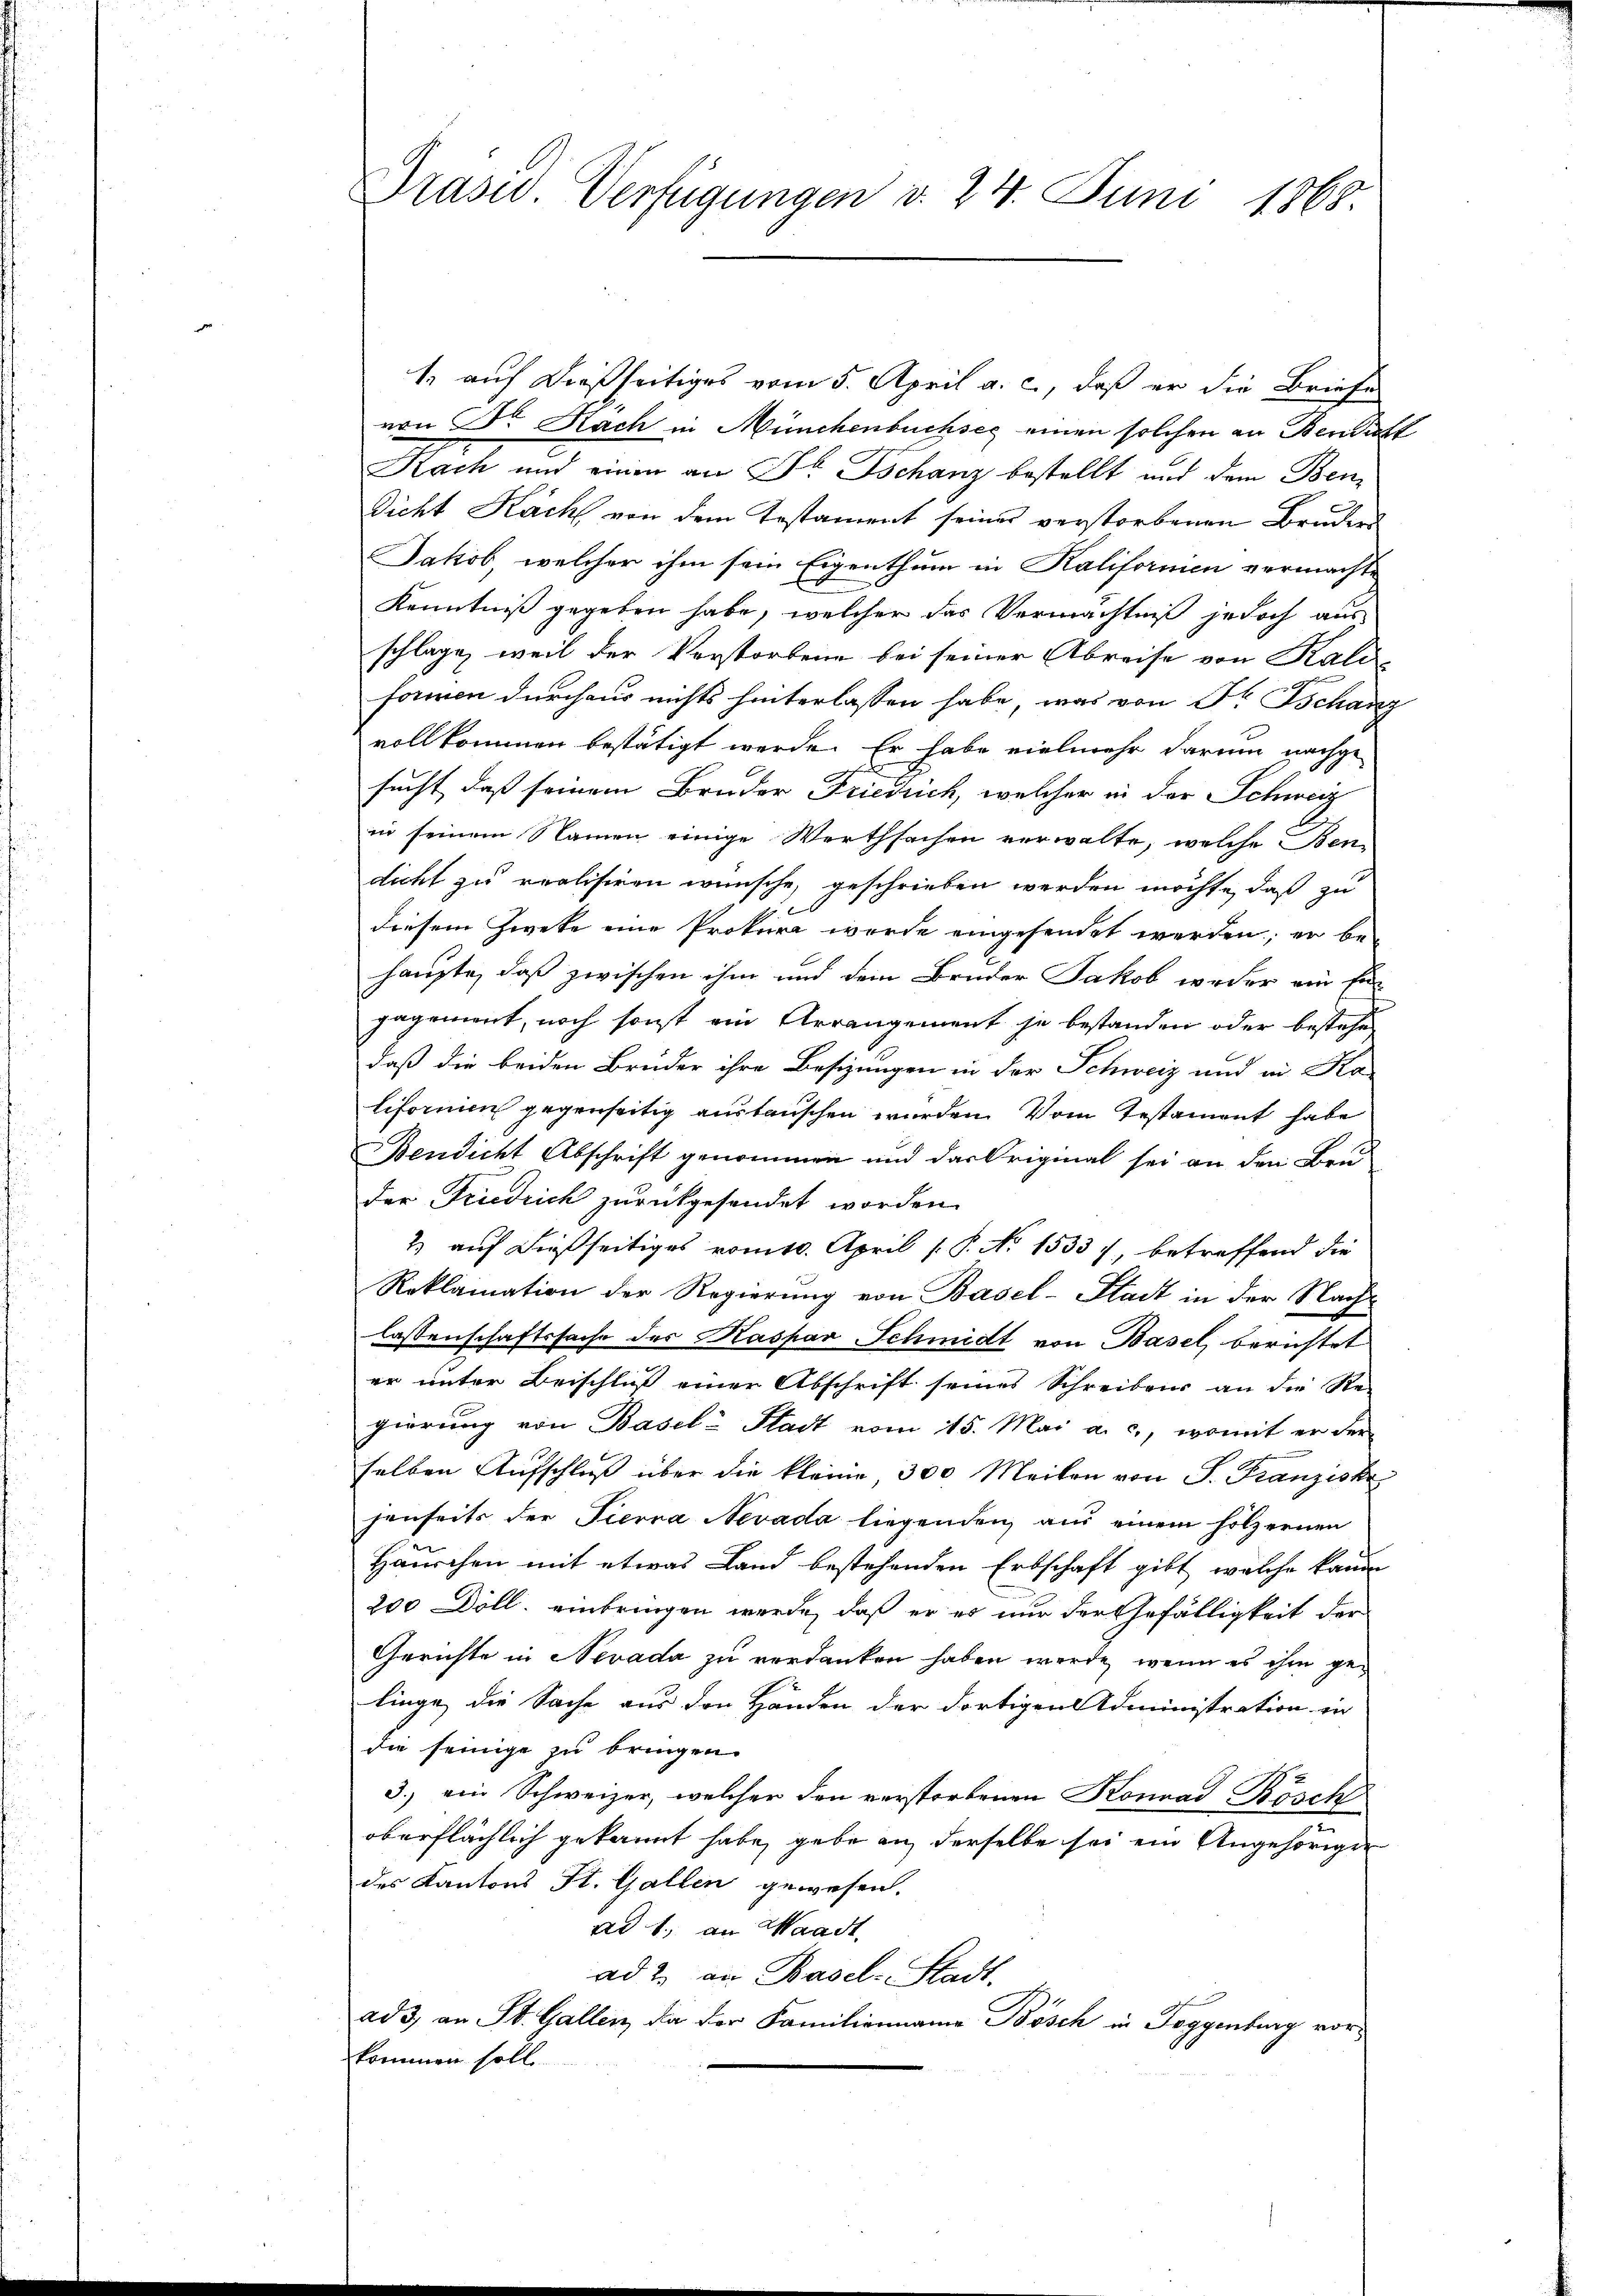
rasu Verfügungen d. 24. Juni 1868.

1. auf dießseitiges vom 5. April a. c., daß er die Briefe
von Dr. Nach in Münchenbuchsee einen solchen an Bendacht
Nach und einen an Dr. Tschanz bestellt und dem Ben¬
Dicht Kach von dem Testament seines verstorbenen Bruders
Jakob, welcher ihm sein Eigenthum in Kalifornien vermachte
Kenntniß gegeben habe, welcher das Vermächtniß jedoch aus
schlage, weil der Verstorbene bei seiner Abreise von Kali
formen durchaus nichts hinterlassen habe, was von Fr. Tschanz
vollkommen bestätigt werde. Er habe vielmehr darum nachge
sucht, daß seinem Bruder Friedrich, welcher in der Schweiz
in seinem Namen einige Werthsachen verwalte, welche Bendicht zu realisiren wünsche, geschrieben werden möchte, daß zu
diesem Zweke eine Prokura wurde eingesendet werden; er be-
haupte, daß zwischen ihm und dem Bruder Jakob weder ein En
gagement, noch sonst ein Arrangement je bestanden oder bestehe
daß die beiden Brüder ihre Besizungen in der Schweiz und in Ka-
lifornien gegenseitig austauschen wurden. Vom Testament habe
Bendicht Abschrift genommen und das Original sei an den Bru-
der Friedrich zurückgesendet worden.
2 auf dießseitiges vom 10. April ( P. No 1533 f., betreffend die
Reklamation der Regierung von Basel-Stadt in der Nachlassenschaftssache des Kaspar Schmidt von Basel, berichtet
er unter Beischluß einer Abschrift seines Schreibens an die Re-
gierung von Basel-Stadt vom 15. Mai a. c., womit er derselben Aufschluß über die kleine, 300 Meilen von S. Franzisk
jenseits der Pierra Nevada liegenden aus einem hölzernen
Häuschen mit etwas Land bestehenden Erbschaft gibt, welche kaum
200 Döll, einbringen werde, daß er es nur der Gefälligkeit der
Gerichte in Nevada zu verdanken haben werde, wenn es ihm gelinge, die Sache aus den Händen der dortigen Administration in
die seinige zu bringen.
3.) ein Schweizer, welcher den verstorbenen Konrad Bösch
oberflächlich gekannt habe, gebe an derselbe sei ein Angehörigen
des Kantons St. Gallen gewesen.
ad 1., an Waadt,
ad 2. an Basel-Stadt.
ad 3, an St. Gallen, da der Familienmanna Bösch in Toggenburg vorkommen solle.